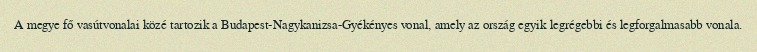
A megye fő vasútvonalai közé tartozik a Budapest-Nagykanizsa-Gyékényes vonal, amely az ország egyik legrégebbi és legforgalmasabb vonala.